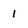
Character: 1